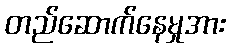
တည်ဆောက်နေမှုအား